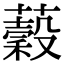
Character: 𦾫